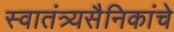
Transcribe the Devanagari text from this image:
स्वातंत्र्यसैनिकांचे